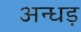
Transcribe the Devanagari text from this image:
अन्धड़